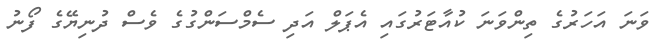
ވަނަ އަހަރުގެ ތިންވަނަ ކުއާޓަރުގައި އެޕަލް އަދި ސެމްސަންގުގެ ވެސް ދުނިޔޭގެ ފޯނު